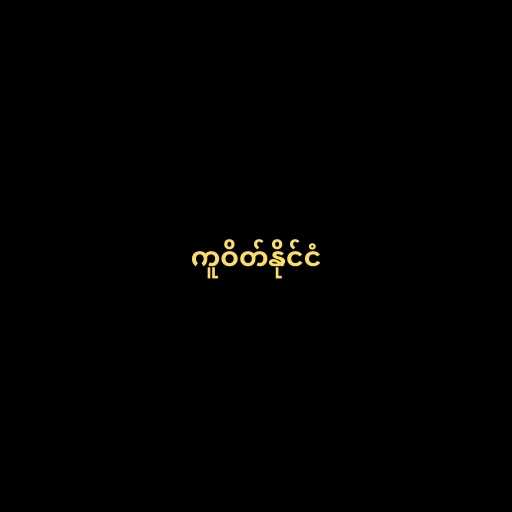
ကူဝိတ်နိုင်ငံ